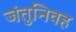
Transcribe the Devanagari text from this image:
जंतुनिवह